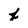
Character: f